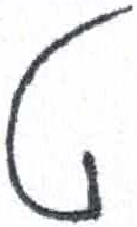
אות: ט